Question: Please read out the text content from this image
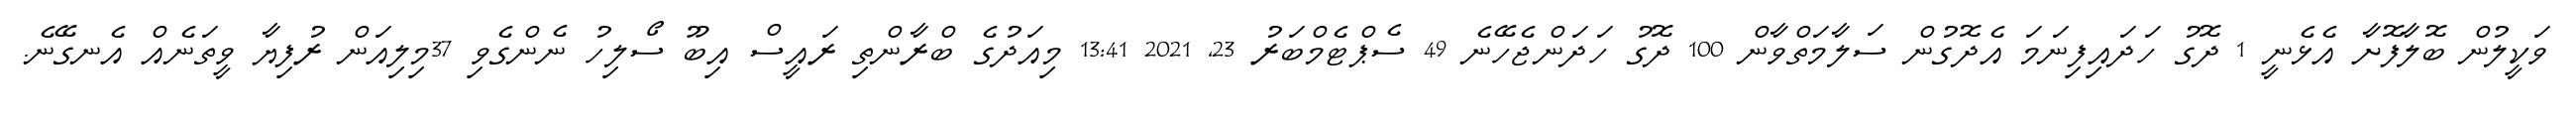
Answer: ވަކީލުން ބޮލާފޮށާ އެޅެނީ 1 ދޮގު ހަދައިފިނަމަ އެދޮގުން ސަލާމަތްވާން 100 ދޮގު ހަދަންޖެހޭނެ 49 ސެޕްޓެމްބަރު 23, 2021 13:41 މިއަދުގެ ބްރާންތި ރައީސް އިބޫ ސޯލިހު ނެންގެވި 37މިލިއަން ރުފިޔާ ވީތަނެއް އެނގޭނެ.